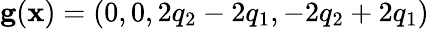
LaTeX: \textbf{g}(\textbf{x})=(0,0,2q_{2}-2q_{1},-2q_{2}+2q_{1})